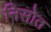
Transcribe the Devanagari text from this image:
निसोत